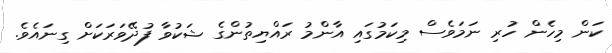
ކަން މިހެން ހުރި ނަމަވެސް މިކަމުގައި އާންމު ރައްޔިތުންގެ ޝަކުވާ ފުދޭވަރަކަށް ގިނައެވެ.